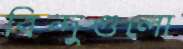
বিন্দুগুলো